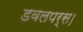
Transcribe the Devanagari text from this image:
डवलपर्स।